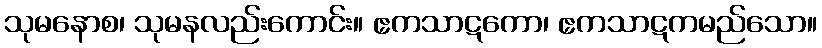
သုမနောစ၊ သုမနလည်းကောင်း။ ဧကသာဋကော၊ ဧကသာဋကမည်သော။